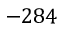
- 2 8 4